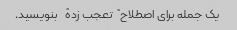
یک جمله برای اصطلاح "تعجب زده" بنویسید.